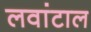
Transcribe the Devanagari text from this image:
लवांटाल